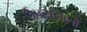
ઉપયોગનો